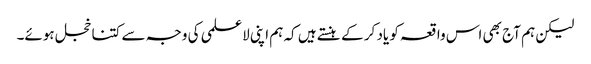
لیکن ہم آج بھی اس واقعہ کو یاد کر کے ہنستے ہیں کہ ہم اپنی لاعلمی کی وجہ سے کتنا خجل ہوئے۔